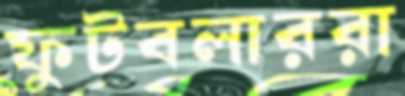
ফুটবলাররা